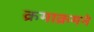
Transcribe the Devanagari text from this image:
क्रमाक्रमने